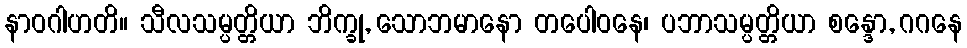
နာဝဂါဟတိ။ သီလသမ္ပတ္တိယာ ဘိက္ခု, သောဘမာနော တပေါဝနေ၊ ပဘာသမ္ပတ္တိယာ စန္ဒော, ဂဂနေ